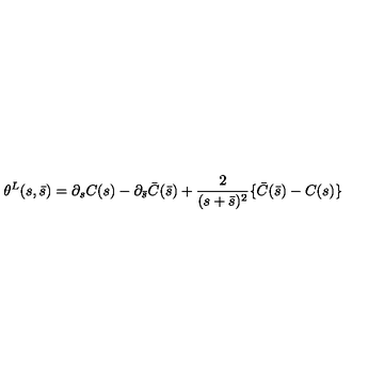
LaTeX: \theta ^ { L } ( s , \bar { s } ) = \partial _ { s } C ( s ) - \partial _ { \bar { s } } \bar { C } ( \bar { s } ) + \frac { 2 } { ( s + \bar { s } ) ^ { 2 } } \{ \bar { C } ( \bar { s } ) - C ( s ) \}